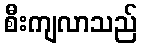
စီးကျလာသည်